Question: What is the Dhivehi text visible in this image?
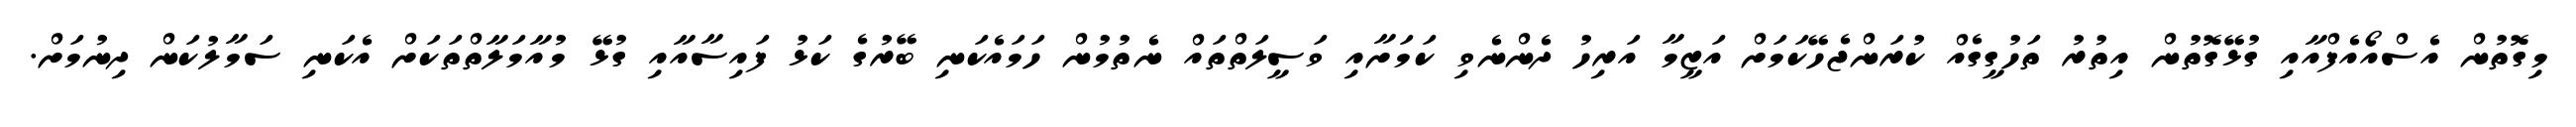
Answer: މިގޮތުން އެސްއޯއެފްއާއި ގުޅޭގޮތުން އިތުރު ތަހުގީގެއް ކުރަންޖެހޭކަމަށް އަޒީމާ އަރިހު ދެންނެވި ކަމަށާއި ވަސީލަތްތައް ނެތުމުން ހަމައެކަނި ބޭރުގެ ކަޅު ފައިސާއާއި ގުޅޭ މުއާމަލާތްތަކަށް އެކަނި ސަމާލުކަން ދިނުމަށް.